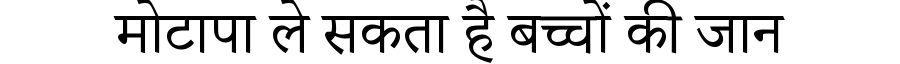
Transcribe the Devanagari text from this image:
मोटापा ले सकता है बच्चों की जान